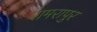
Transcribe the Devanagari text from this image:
रामरापुर